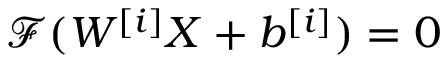
\mathcal { F } ( W ^ { [ i ] } X + b ^ { [ i ] } ) = 0